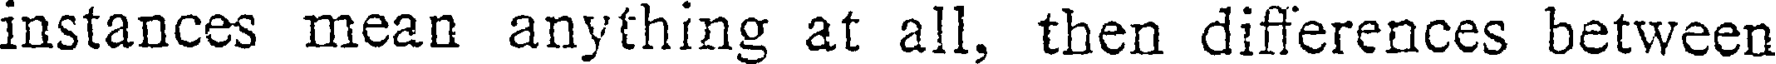
instances mean anything at all, then differences between